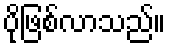
ပိုဖြစ်လာသည်။